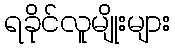
ရခိုင်လူမျိုးများ